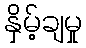
နှိမ့်ချမှု